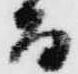
而